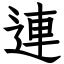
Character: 連